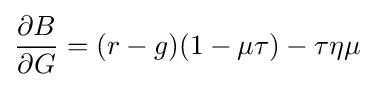
{\frac {\partial B}{\partial G}}=(r-g)(1-\mu \tau )-\tau \eta \mu \;